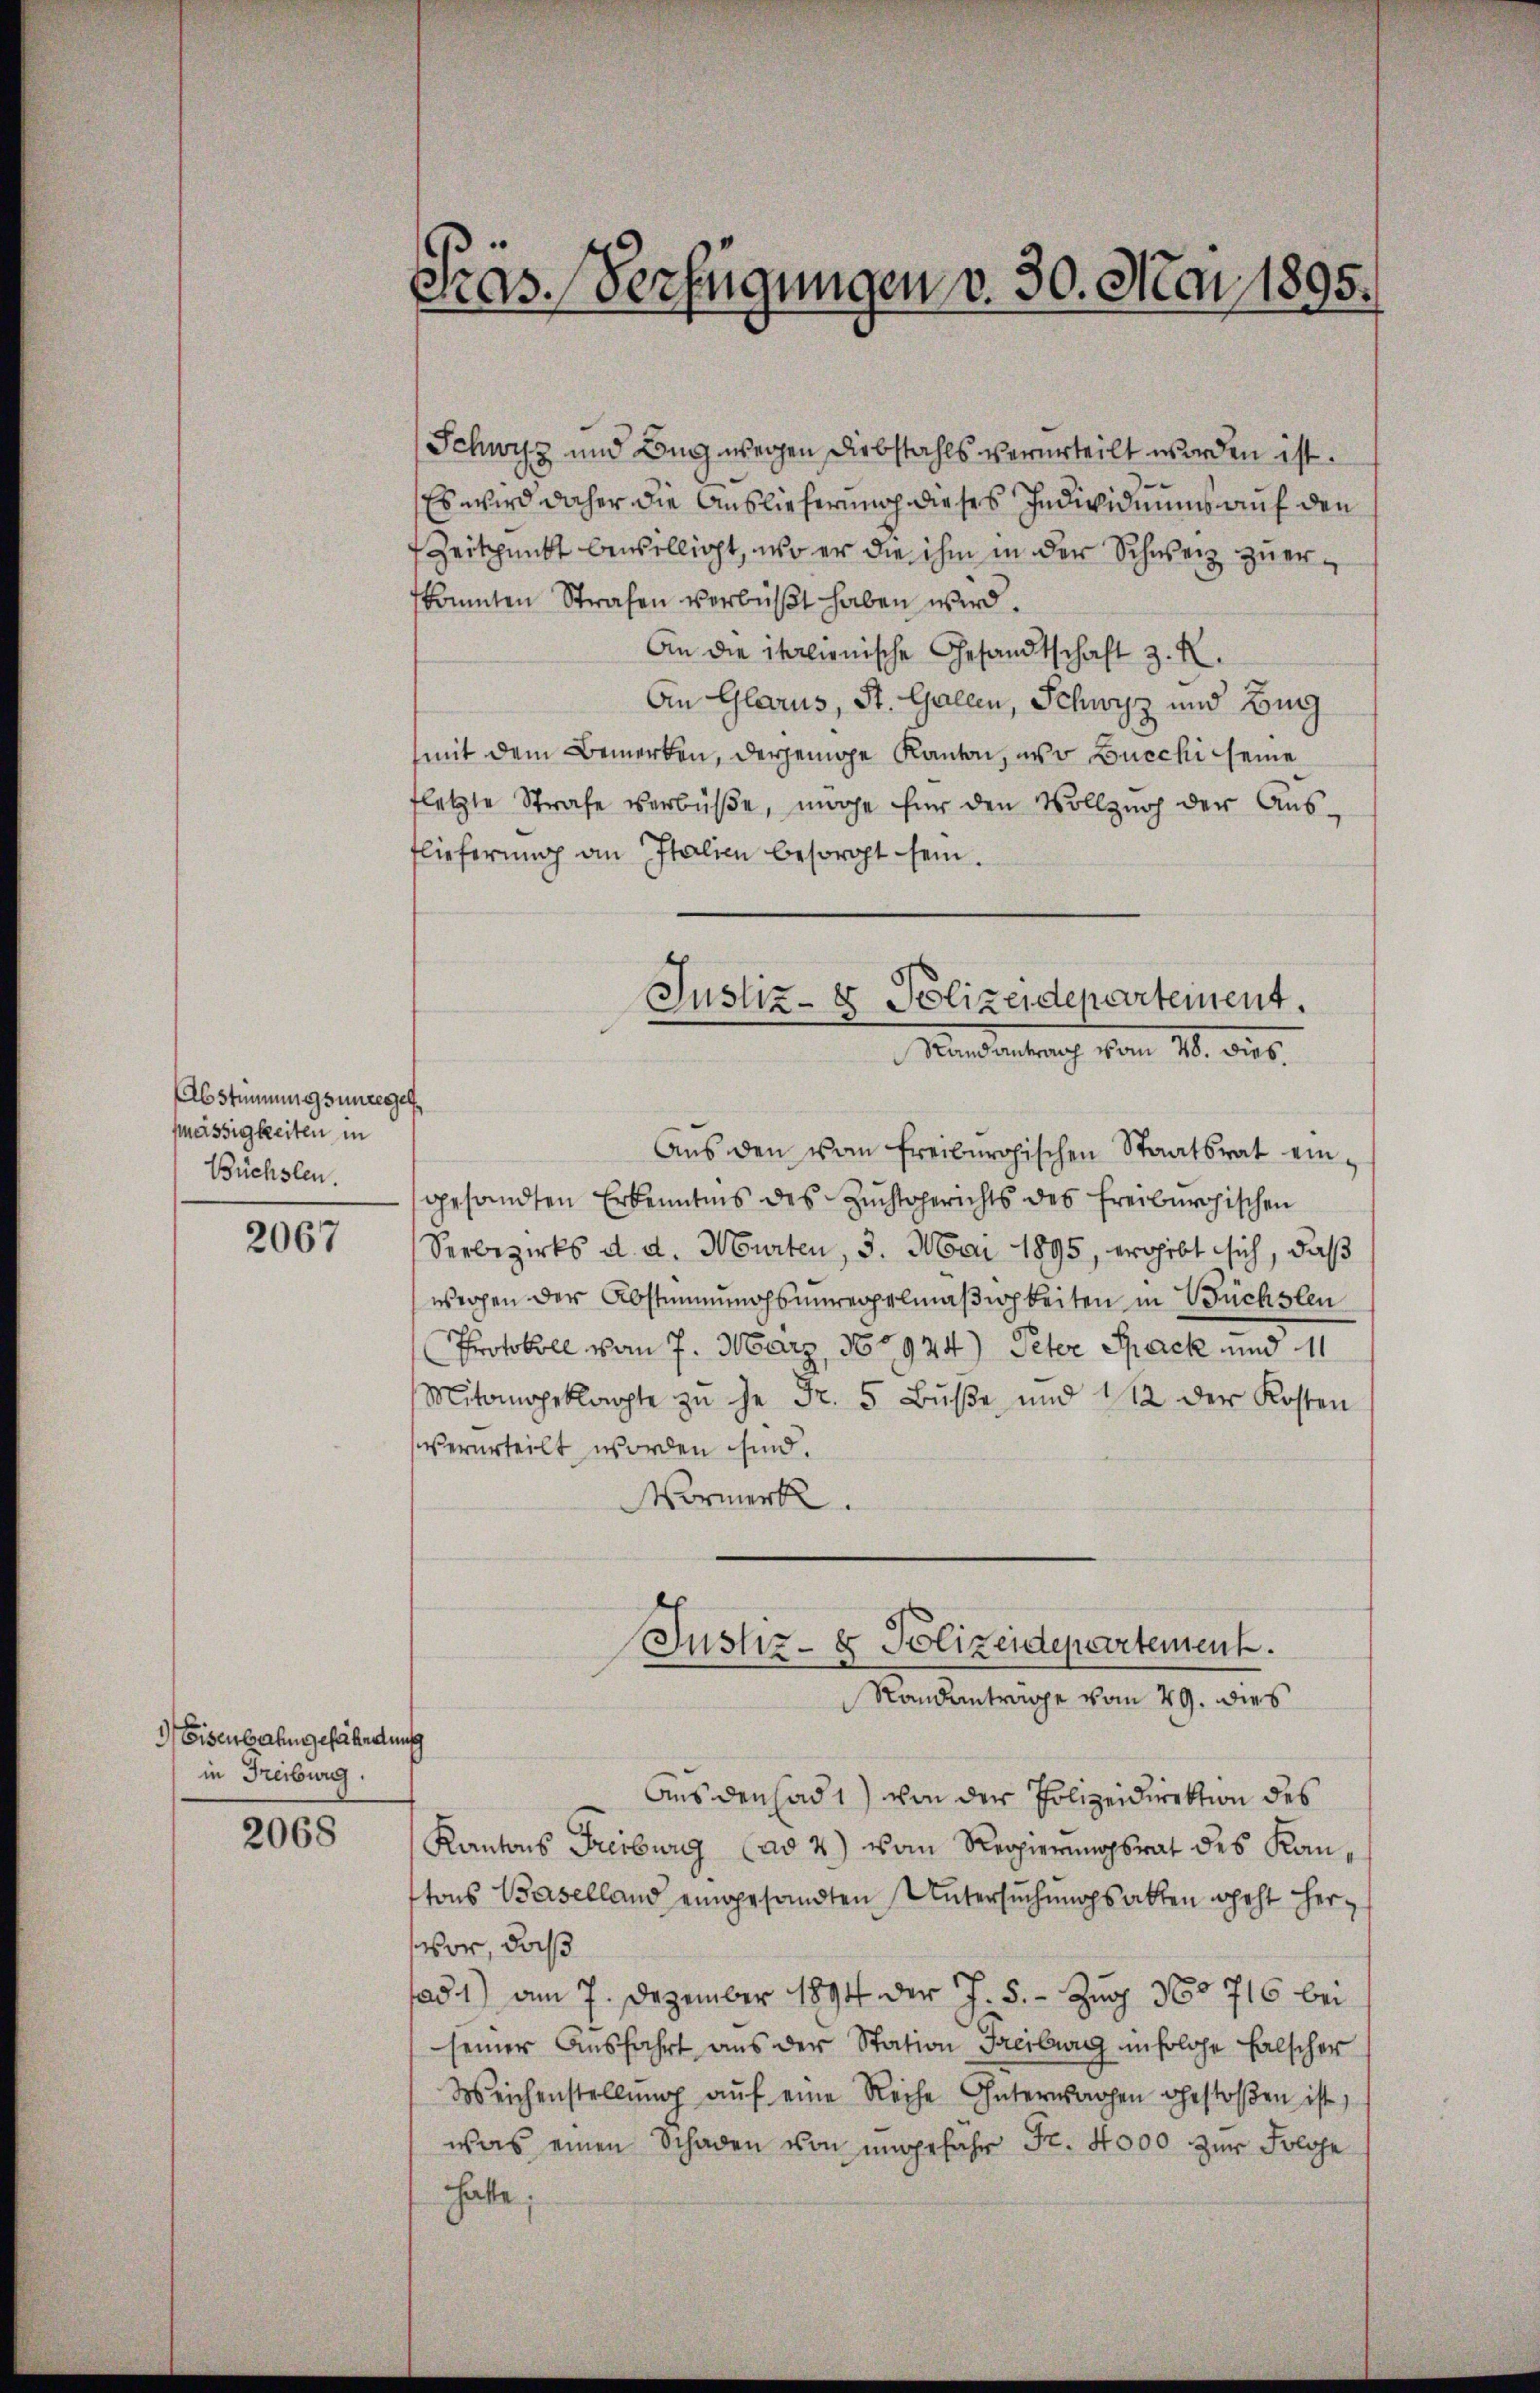
Abstimmungsunregel,
mässigkeiten in
Büchslen.

2067

Eisenbahngefährdung
in Freiburg.

2068

Aus den ad 1) von der Polizeidirektion des
Kantons Freiburg (ad 2) vom Regierungsrat des Kanttons Baselland eingesandten Untersuchungsakten geht hervor, daß
fad 1) am 7. Dezember 1894 der J. 5. - Zug No 716 bei
seiner Ausfahrt aus der Station Freiburg in folge falscher
Weichenstellŭng aŭf eine Reihe Interwachen gestoßen ist,
was einen Schaden von ungefähr Fr. 4000 zur Folge
hatte;

Schwyz und Bug wegen Diebstahls verurteilt worden ist.
Es wird daher die Auslieferung dieses Individuums auf den
Zeitpunkt beiselligt, wo er die ihm in der Schweiz zu erkonnten Strafen verbüßt haben wird.
An die italienische Gesandtschaft z. R.
An Glarus, St. Gallen, Schwyz und Burg
mit dem Bemerken, derjenige Kanton, und Bucchi seine
fletzte Strafe verbüβe, möge für den Vollzug der Aŭs-
flieferung an Italien besorgt sein.
Justiz- & Polizeidepartement.
 Mindeantrag von 18. d. 6.
Aŭs den vom Freiburgischen Staatsrat eingesandten Erkenntnis des Zuchtgerichts des Freiburgischen
Serbezirks d. d. Murten, 3. Mai 1895, erhebt sich, daß
wergen der Abstimmungsunregelmäßigkeiten in Büchsten
Protokoll vom 7. März, 160924) Peter Spack und 11
Mitangeklagte zŭ je Fr. 5 Bŭβe und 112 der Kosten
verurteilt worden sind.
Vormerk.

Fras. Verfügungen v. 30. Mai 1895.

Justiz- & Polizeidepartement.
Standantrage vom 29. dies